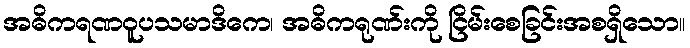
အဓိကရဏဝူပသမာဒိကေ၊ အဓိကရုဏ်းကို ငြိမ်းစေခြင်းအစရှိသော။